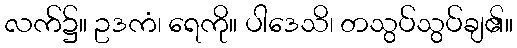
လက်၌။ ဥဒကံ၊ ရေကို။ ပါဒေသိ၊ တသွပ်သွပ်ချ၏။